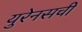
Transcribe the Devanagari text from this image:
युरेनसची